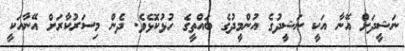
ނަޝީދަށް އޭނާ އަކީ ނަޝީދުގެ އުންމީދުގެ ބައްތީގެ ހުޅުކޮޅެވެ. ދެން މިސަރުކާރަށް އޭނާއަކީ